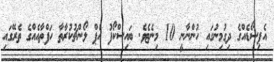
އެޕިސޯޑެއްގެ ދިގުމިނުގައި ހުންނާނީ 10 މިނެޓެވެ. ބައިސްކޯފު އެޕް ލޯންޗުކުރާތާ ހަފްތާއެއްގެ ތެރޭގައި